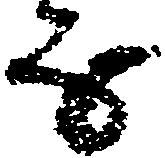
な